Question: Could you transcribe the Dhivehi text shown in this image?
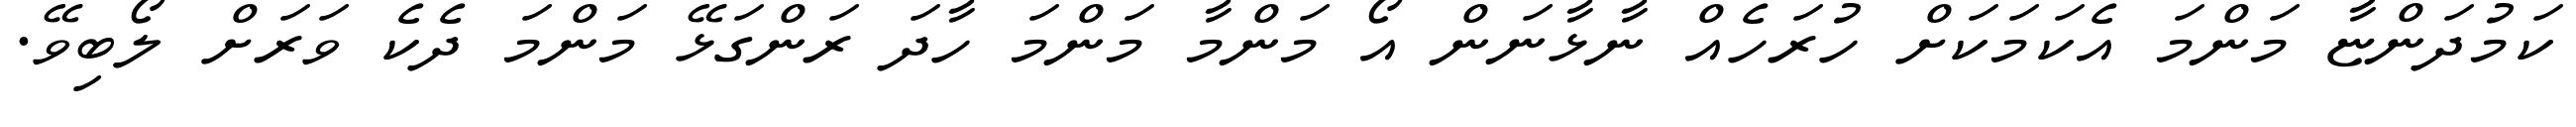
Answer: ކަމުދަންޏާ މަންމަ އެކަމަކަށް ހުރަހެއް ނާޅާނަން އޯ މަންމާ މަންމަ ހާދަ ރަންގަޅޭ މަންމަ ދެކެ ވަރަށް ލޯބިވޭ.